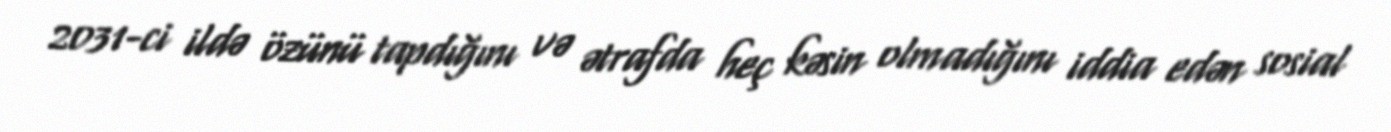
2031-ci ildə özünü tapdığını və ətrafda heç kəsin olmadığını iddia edən sosial